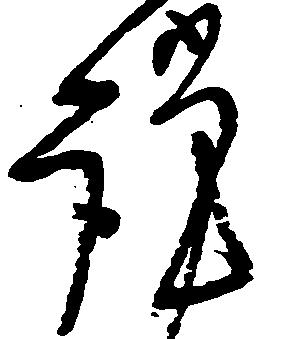
謹